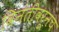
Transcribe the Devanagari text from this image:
विनंतीवरूनच